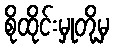
စိုထိုင်းမှုတို့မှ